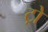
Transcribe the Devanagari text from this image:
ट्रो